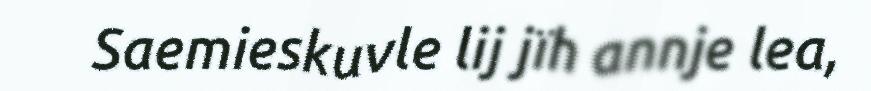
Saemieskuvle lij jïh annje lea,